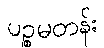
ပဉ္စမတန်း